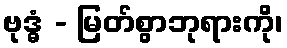
ဗုဒ္ဓံ - မြတ်စွာဘုရားကို၊